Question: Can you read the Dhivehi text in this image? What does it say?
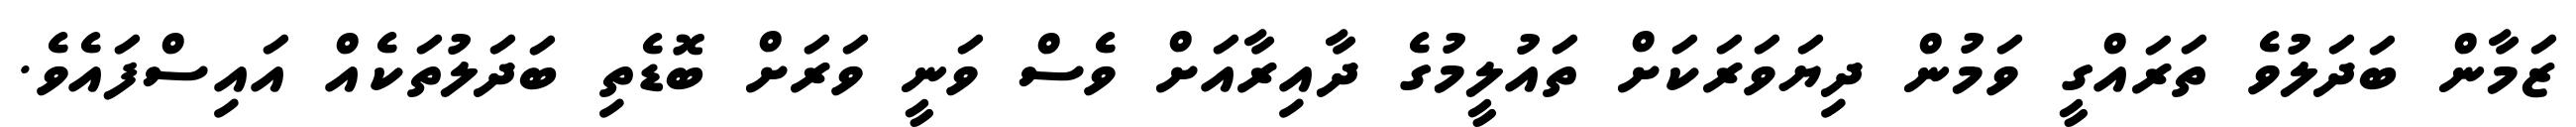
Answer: ޒަމާން ބަދަލުވެ ތަރައްގީ ވަމުން ދިޔަވަރަކަށް ތައުލީމުގެ ދާއިރާއަށް ވެސް ވަނީ ވަރަށް ބޮޑެތި ބަދަލުތަކެއް އައިސްފައެވެ.